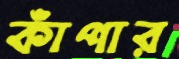
কাঁপার